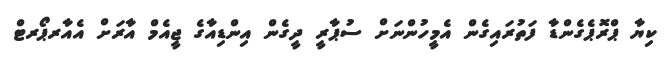
ކިޔާ ޕްރޮޕެގެންޑާ ފަތުރައިގެން އެމީހުންނަށް ސުޕާރީ ދީގެން އިންޑިއާގެ ޖީއެމް އާރަށް އެއާރޕޯރޓް